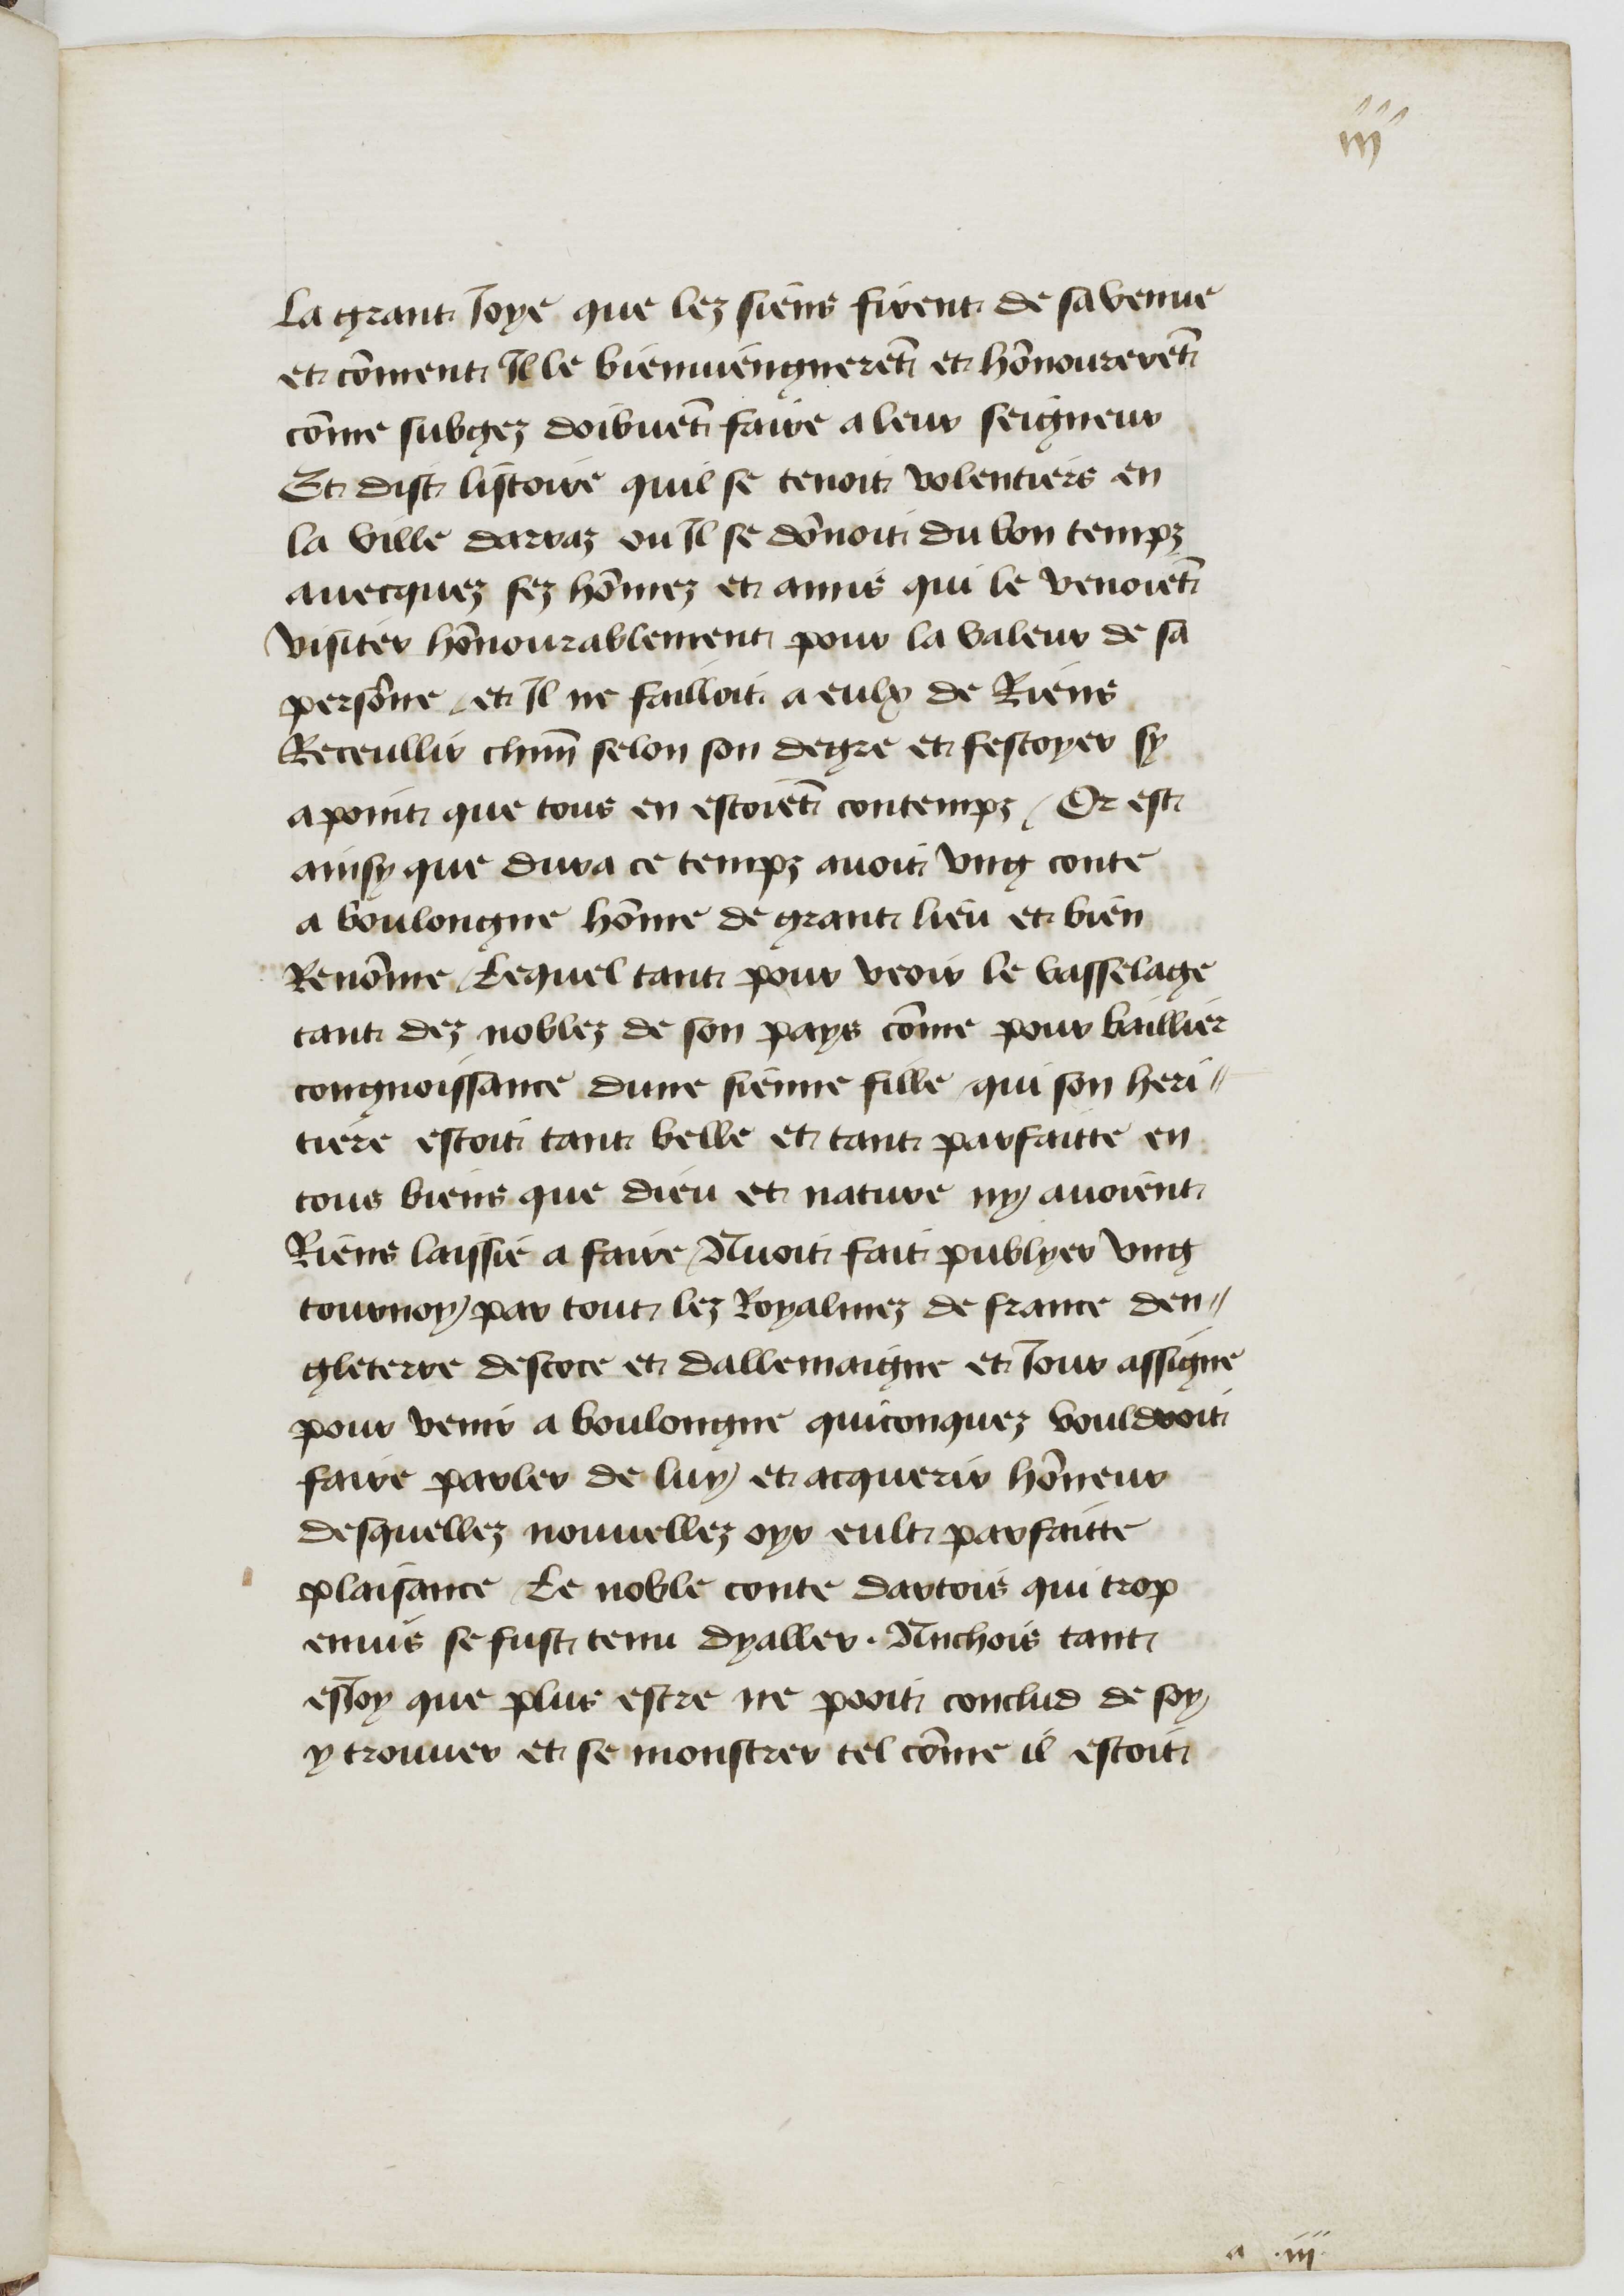
Shelfmark: Paris, BnF, fr. 11610
Century: 15